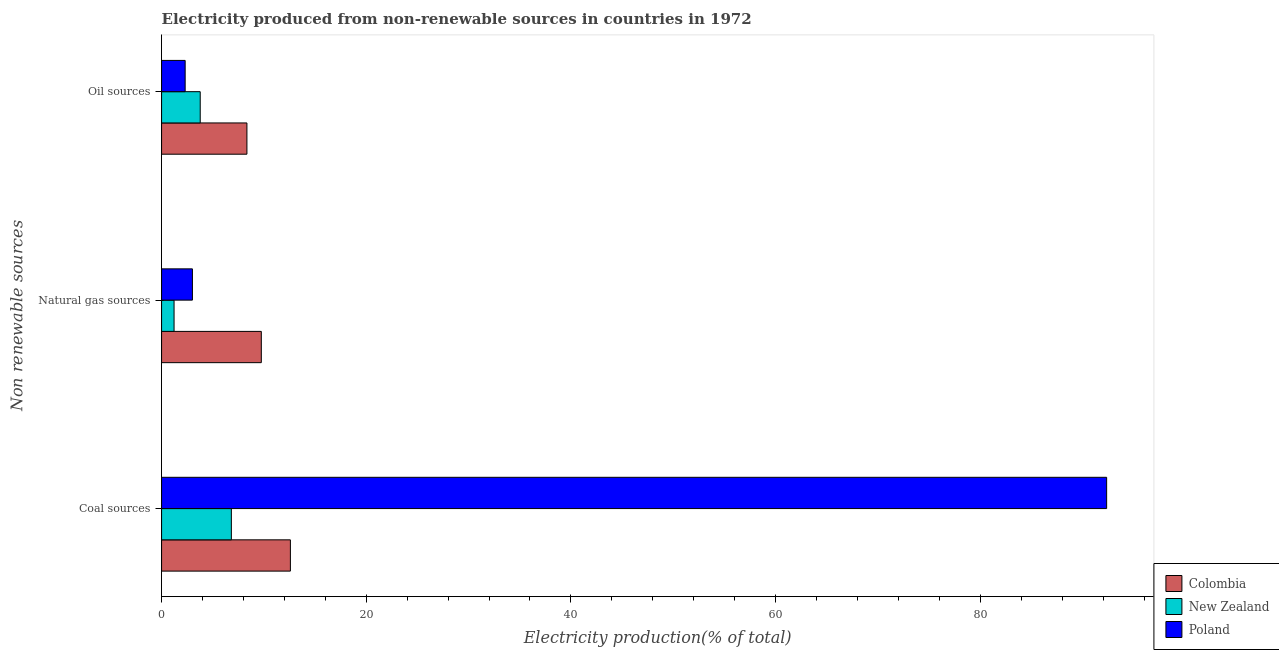
| Non renewable sources | Colombia | New Zealand | Poland |
 | --- | --- | --- | --- |
 | Coal sources | 12.6 | 6.82 | 92.3 |
 | Natural gas sources | 9.75 | 1.22 | 3.01 |
 | Oil sources | 8.34 | 3.78 | 2.3 |